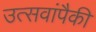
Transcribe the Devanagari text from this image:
उत्सवांपैकी